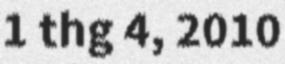
1 thg 4, 2010